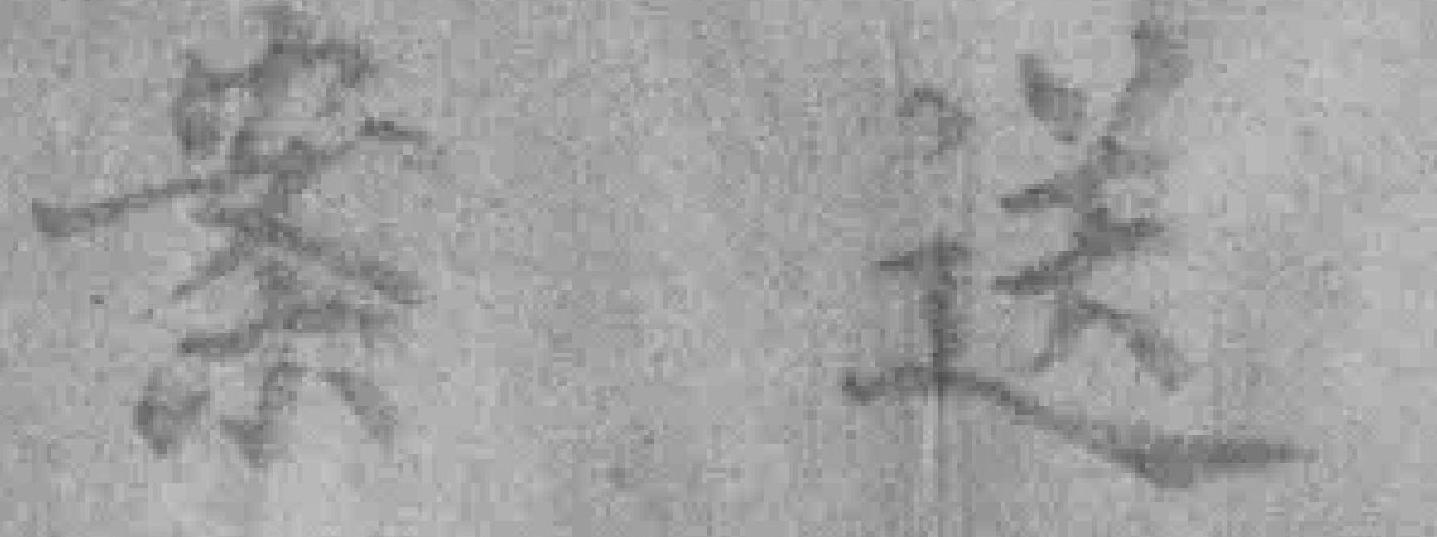
案送